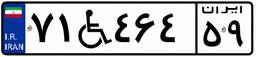
۷۱W۴۶۴۵۹